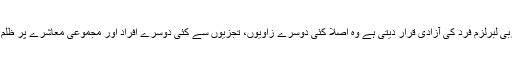
جن قدروں کو مغربی لبرلزم فرد کی آزادی قرار دیتی ہے وہ اصلاً کئی دوسرے زاویوں، تجزیوں سے کئی دوسرے افراد اور مجموعی معاشرے پر ظلم کا باعث بنتی ہے۔